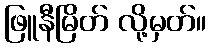
ဖြူနီမြိတ် လို့မှတ်။